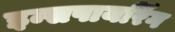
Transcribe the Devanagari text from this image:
इन्सपायरिंग